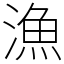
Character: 漁